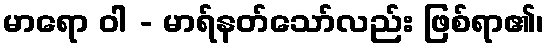
မာရော ဝါ - မာရ်နတ်သော်လည်း ဖြစ်ရာ၏၊